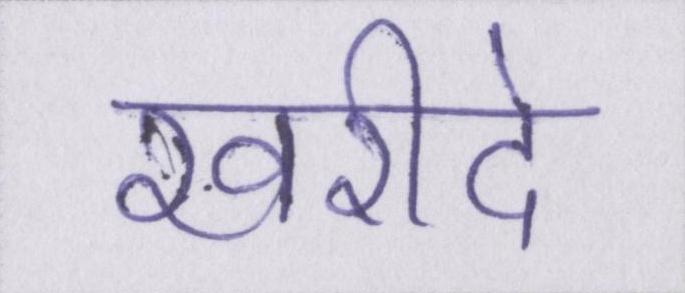
खरीदे